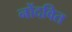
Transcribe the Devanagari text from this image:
नोंदवित